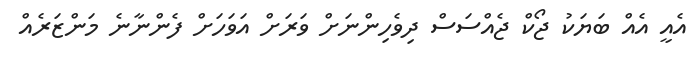
އެއީ އެއް ބަޔަކު ޖޯކް ޖެއްސަސް ދިވެހިންނަަށް ވަރަށް އަވަހަށް ފެންނާނެ މަންޒަރެއް